Indian journal of veterinary science and animal husbandry - Volume 1,
Year: 1931
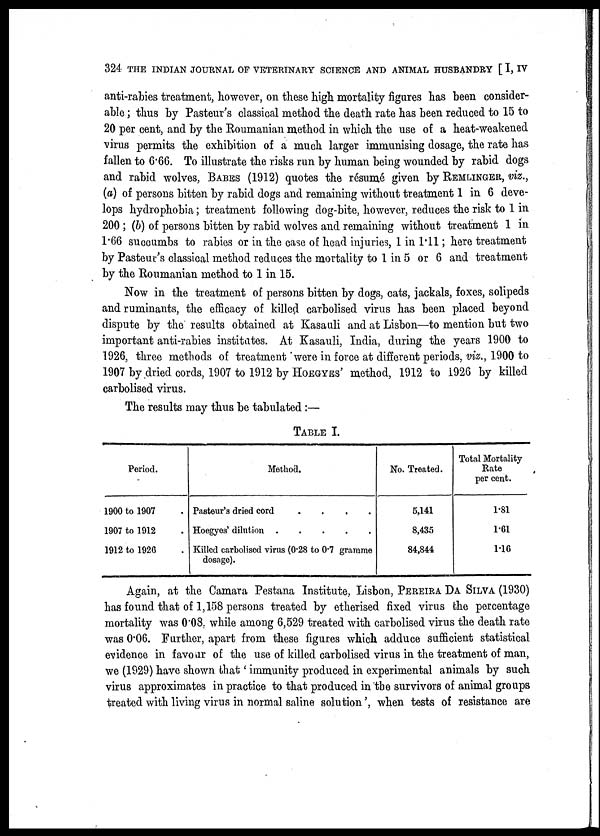
324 THE INDIAN JOURNAL OF VETERINARY SCIENCE AND ANIMAL HUSBANDRY [ I, IV
anti-rabies treatment, however, on these high mortality figures has been consider-
able ; thus by Pasteur's classical method the death rate has been reduced to 15 to
20 per cent, and by the Roumanian method in which the use of a heat-weakened
virus permits the exhibition of a much larger immunising dosage, the rate has
fallen to 6.66. To illustrate the risks run by human being wounded by rabid dogs
and rabid wolves, BABES (1912) quotes the résumé given by REMLINGER, viz.,
(a) of persons bitten by rabid dogs and remaining without treatment 1 in 6 deve-
lops hydrophobia; treatment following dog-bite, however, reduces the risk to 1 in
200 ; (b) of persons bitten by rabid wolves and remaining without treatment 1 in
1.66 succumbs to rabies or in the case of head injuries, 1 in 1.11; here treatment
by Pasteur's classical method reduces the mortality to 1 in 5 or 6 and treatment
by the Roumanian method to 1 in 15.
Now in the treatment of persons bitten by dogs, cats, jackals, foxes, solipeds
and ruminants, the efficacy of killed carbolised virus has been placed beyond
dispute by the results obtained at Kasauli and at Lisbon—to mention but two
important anti-rabies institutes. At Kasauli, India, during the years 1900 to
1926, three methods of treatment were in force at different periods, viz., 1900 to
1907 by dried cords, 1907 to 1912 by HOEGYES' method, 1912 to 1926 by killed
carbolised virus.
The results may thus be tabulated :—
TABLE I.
Period.
1900 to 1907
1907 to 1912
1912 to 1926
Method.
Pasteur's dried cord
....
Hoegyes' dilution
Killed carbolised virus (0.28 to 0.7 gramme
dosage).
No. Treated.
5,141
8,435
84,844
Total Mortality
Rate
per cent.
1.81
1.61
1.16
Again, at the Camara Pestana Institute, Lisbon, PEREIRA DA SILVA (1930)
has found that of 1,158 persons treated by etherised fixed virus the percentage
mortality was 0.08 while among 6,529 treated with carbolised virus the death rate
was 0.06. Further, apart from these figures which adduce sufficient statistical
evidence in favour of the use of killed carbolised virus in the treatment of man,
we (1929) have shown that' immunity produced in experimental animals by such
virus approximates in practice to that produced in the survivors of animal groups
treated with living virus in normal saline solution', when tests of resistance are